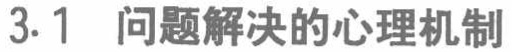
3.1 问题解决的心理机制